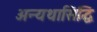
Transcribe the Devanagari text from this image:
अन्यथासिद्धि